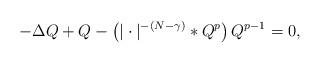
LaTeX: \begin{align*}-\Delta Q + Q -\left( |\cdot|^{-(N-\gamma)}*Q^p \right)Q^{p-1} =0,\end{align*}